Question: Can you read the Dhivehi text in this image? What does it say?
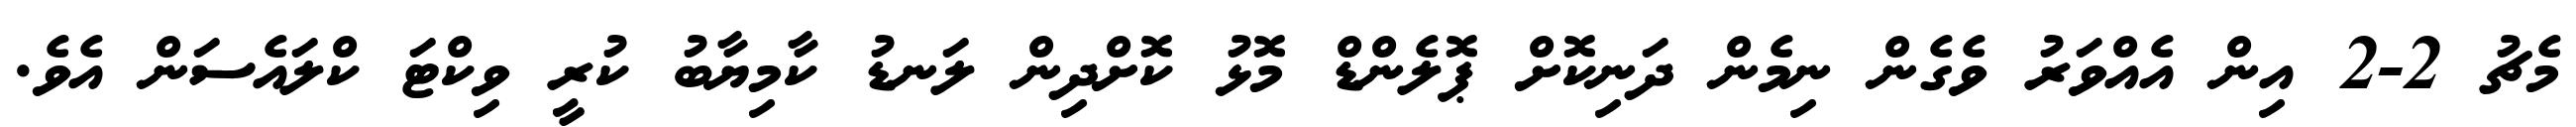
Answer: މެޗު 2-2 އިން އެއްވަރު ވެގެން ނިމެން ދަނިކޮށް ޕޮލެންޑް މޮޅު ކޮށްދިން ލަނޑު ކާމިޔާބު ކުރީ ވިކްޓަ ކްލައެސަން އެވެ.